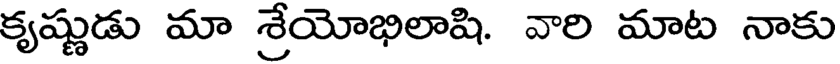
కృష్ణుడు మా శ్రేయోభిలాషి. వారి మాట నాకు